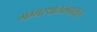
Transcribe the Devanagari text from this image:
मग्गस्थानकपासून